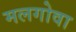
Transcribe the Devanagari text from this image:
मलगोवा